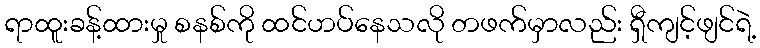
ရာထူးခန့်ထားမှု စနစ်ကို ထင်ဟပ်နေသလို တဖက်မှာလည်း ရှီကျင့်ဖျင်ရဲ့